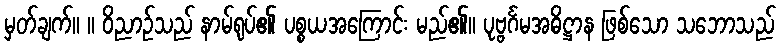
မှတ်ချက်။ ။ ဝိညာဉ်သည် နာမ်ရုပ်၏ ပစ္စယအကြောင်း မည်၏။ ပုဗ္ဗင်္ဂမအဓိဋ္ဌာန ဖြစ်သော သဘောသည်